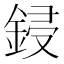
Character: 鋟